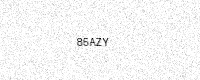
Text: 85AZY